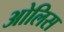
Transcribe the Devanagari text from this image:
ओलिस